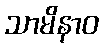
သာမိနာဝ